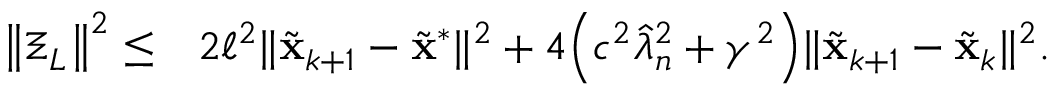
\begin{array} { r l } { \left\| \Xi _ { L } \right\| ^ { 2 } \leq } & { 2 \ell ^ { 2 } \| \tilde { \mathbf { x } } _ { k + 1 } - \tilde { \mathbf { x } } ^ { \ast } \| ^ { 2 } + 4 \Big ( c ^ { 2 } \hat { \lambda } _ { n } ^ { 2 } + \gamma ^ { 2 } \Big ) \| \tilde { \mathbf { x } } _ { k + 1 } - \tilde { \mathbf { x } } _ { k } \| ^ { 2 } . } \end{array}